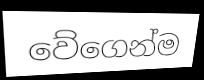
වේගෙන්ම